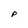
Character: P